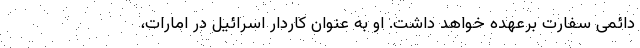
دائمی سفارت برعهده خواهد داشت. او به عنوان کاردار اسرائیل در امارات،